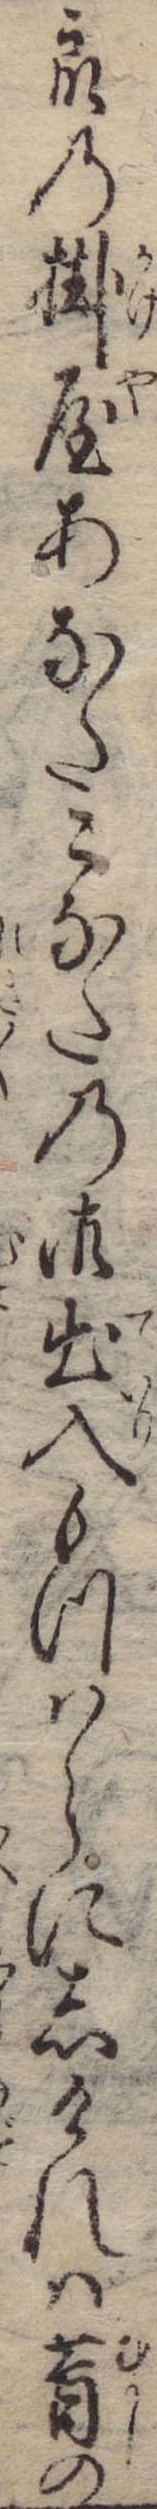
衆の掛屋あなたこなたの御出入もつはらにしければ昔の